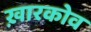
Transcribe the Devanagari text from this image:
ख़ारकोव